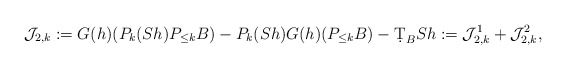
\begin{align*}\mathcal{J}_{2,k}:= G(h)(P_{k}(S h) P_{\leq k} B) - P_{k}(S h) G(h)(P_{\leq k}B) - \d T_B S h := \mathcal{J}_{2,k}^1 + \mathcal{J}_{2,k}^2,\end{align*}